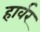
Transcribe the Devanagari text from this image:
हार्वर